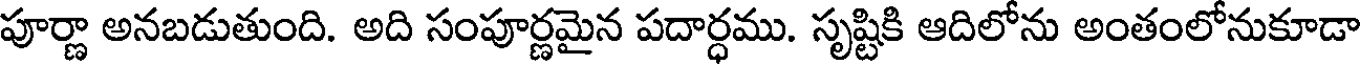
పూర్ణా అనబడుతుంది. అది సంపూర్ణమైన పదార్ధము. సృష్టికి ఆదిలోను అంతంలోనుకూడా